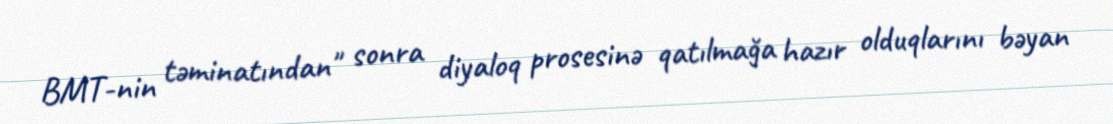
BMT-nin təminatından" sonra diyaloq prosesinə qatılmağa hazır olduqlarını bəyan